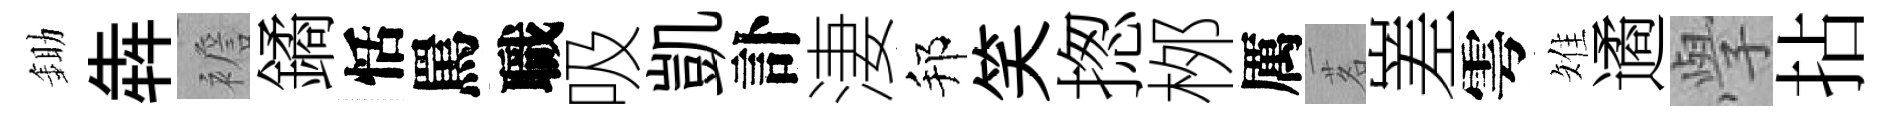
鋤犇襜鐍恬罵職吸凱訃淒邦笑揔桞厲茗嵳雩雉遹𭓕拈